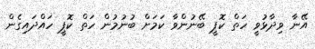
އޭނާ ވިދާޅުވީ ހަތް ކޮޕީ ބޭނުންވާ ކަމަށް ބުނުމުން ހަތް ކޮޕީ ހައްދައިގެން